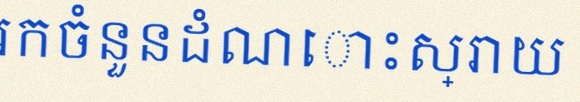
រកចំនួនដំណោះស្រាយ